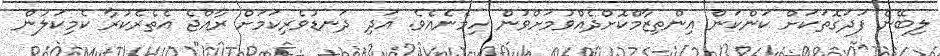
ލިބޭނެ ފަދަގޮތަކަށް ކަންކަން އިންތިޒާމްކޮށްދެއްވުމަށްވުން ހިމެނެއެވެ. އަދި ދަނޑުވެރިކަމަށް ރާއްޖެ އެތެރެކުރާ ކެމިކަލުން